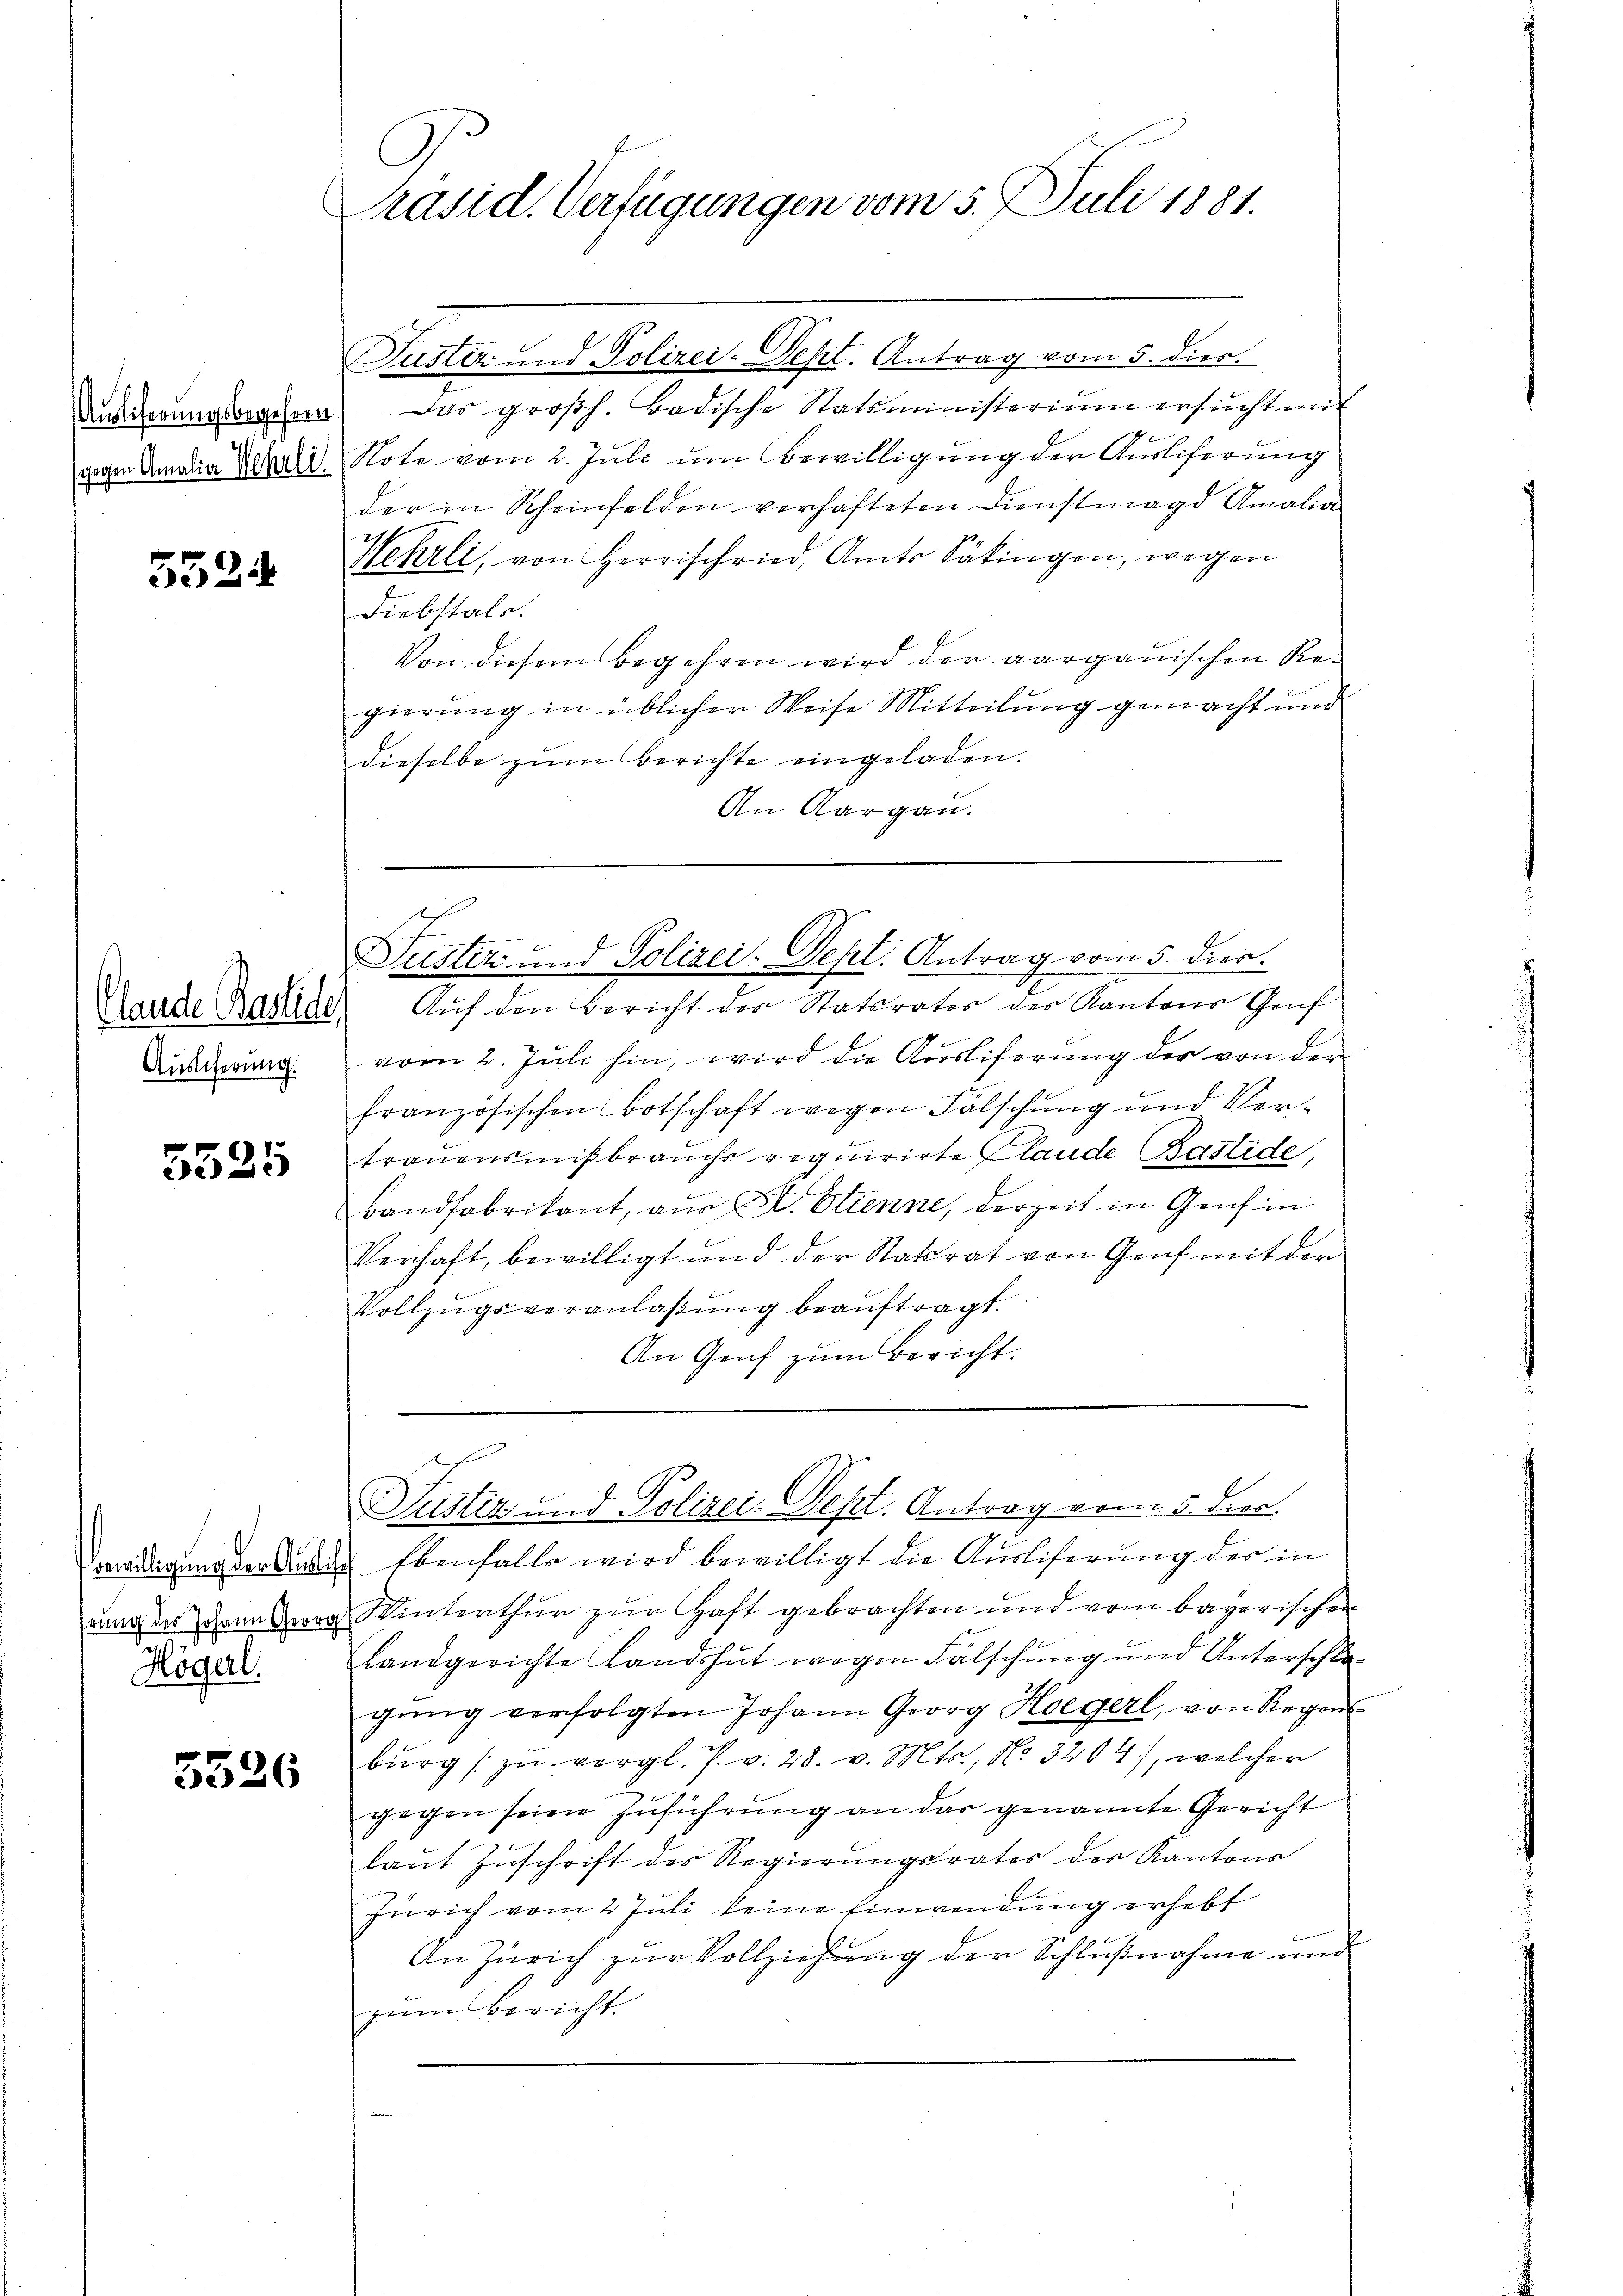
Auslieferungsbegehren
gegen Amalia Wehrli

5524

Auslicherung.

5525

bewilligung der Auslich
hrung des Johann Georg
Högerl.

3326

Präsid. Verfügungen vom 5. Juli 1881.

Justiz und Polizei-Dept. Antrag vom 5. dies.
Das großh. Badische Statsministerium ersucht mit
Note vom 2. Juli um Bewilligung der Ausliferung
der in Rheinfelden verhafteten Dienstmagd Amalia
Wehrli, von Herrschried, Amts Säkingen, wegen
Diebstals.
Von diesem Begehren wird der aargauischen Regierung in üblicher Weise Mitteilung gemacht und
dieselbe zŭm Berichte eingeladen.
An Aargau.

Hande Basle Auf den Bericht der Staturator der Kantons Gruf
vom 2. Juli hin, wird die Ausliferung der von der
französischen Botschaft wegen Fälschung und Vertrauensmißbrauchs requirirte Claude Bastide,
Bandfabrikant, aus E. Etienne, derzeit in Genf in
Verhaft, bewilligt und der Statrat von Genf mit der
Vollzŭgsveranlaβŭng beaŭftragt.
An Genf zum Bericht.

Justiz und Polizei-Dept. Antrag vom 5. dies.

.
Justiz und Polizei-Sept. Antrag vom 5. dies

Ebenfalls wird bewilligt die Ausliferung des in
Winterthur zur Haft gebrachten und vom bayerischen
Landgerichte Landshut wegen Fälschung und Unterschlagŭng verfolgten Johann Georg Hegerl, von Regen
burg zŭ vergl. P. v. 28. v. Mts., No 3204), welcher
gegen seine Zuführung an dar genannte Gericht
laŭt Zŭschrift des Regierŭngsrates der Kantons
Zürich vom 2 Juli keine Einwendung erhebt
An Zürich zur Vollziehung der Schlußnahme und
zŭm Bericht.